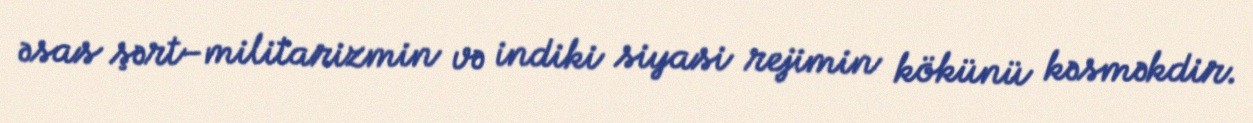
əsas şərt–militarizmin və indiki siyasi rejimin kökünü kəsməkdir.